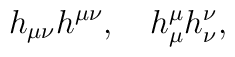
h_{\mu \nu }h^{\mu \nu },\quad h_{\mu }^{\mu }h_{\nu }^{\nu },